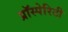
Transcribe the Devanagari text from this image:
प्रॉस्पेरिटी